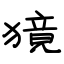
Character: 獍